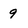
Character: 9